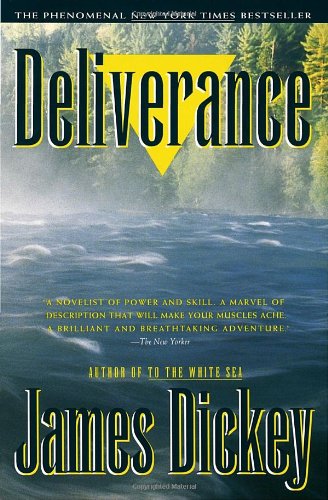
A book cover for Deliverance (Modern Library 100 Best Novels); James Dickey; Literature & Fiction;